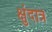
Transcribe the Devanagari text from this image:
क्षुंदात्र